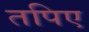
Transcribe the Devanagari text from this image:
तपिए